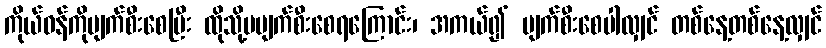
ကိုယ်ဝန်ကိုပျက်စီးစေပြီး ထိုသို့မပျက်စီးစေရကြောင်း၊ အကယ်၍ ပျက်စီးစေပါလျှင် တစ်နေ့တစ်နေ့လျှင်